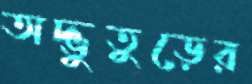
অদ্ভুতুড়ের